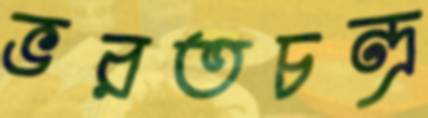
ভরতচন্দ্র